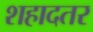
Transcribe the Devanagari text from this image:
शहादतर